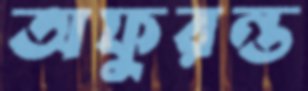
অফুরন্ত